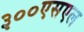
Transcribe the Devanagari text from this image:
३००एसएल